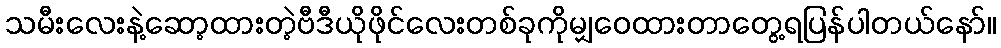
သမီးလေးနဲ့ဆော့ထားတဲ့ဗီဒီယိုဖိုင်လေးတစ်ခုကိုမျှဝေထားတာတွေ့ရပြန်ပါတယ်နော်။